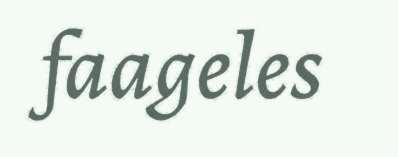
faageles